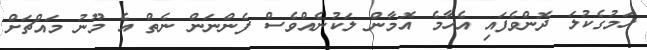
ހަމުގެކުލަ ދޮންވެފައި އެހާމެ އޮމާން ލަކުނެއްވެސް ފެންނަން ނެތް އެ މޫނު މައްޗަށް